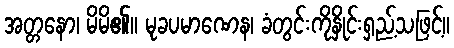
အတ္တနော၊ မိမိ၏။ မုခပမာဏေန၊ ခံတွင်းကိုနှိုင်းရှည့်သဖြင့်။